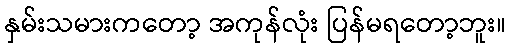
နှမ်းသမားကတော့ အကုန်လုံး ပြန်မရတော့ဘူး။